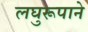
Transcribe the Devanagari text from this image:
लघुरूपाने